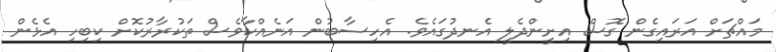
މައްޗަށް އަރައިގެން ގޮސް އިށީންދެލީ އެނދުގައެވެ. އެހިސާބުން އަނެއްކާވެސް ތަކުރާރުކޮށް ކިބިހި އެޅެން